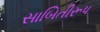
સાબિતીરૂપ